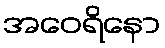
အဝေရိနော